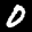
Label: 0